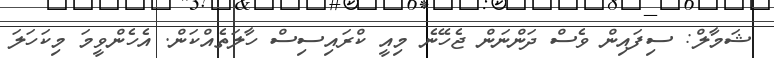
ޝަމާލް: ސިފައިން ވެސް ދަންނަން ޖެހޭނެ މިއީ ކްރައިސިސް ހާލަތެއްކަން. އެހެންވީމަ މިކަހަލަ